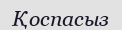
Қоспасыз